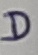
Text: D